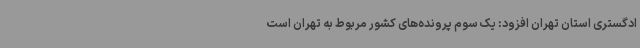
ادگستری استان تهران افزود: یک سوم پرونده‌های کشور مربوط به تهران است